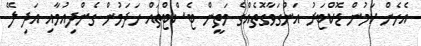
އެހެން ކަމުން ޑޮކްޓަރު އަންގަވާގޮތެއްގެ މަތީން ޓެސްޓްތައް ހަދަމުން ގެންދިއުމާއި އަދި ލޭ